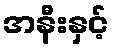
အနီးနှင့်